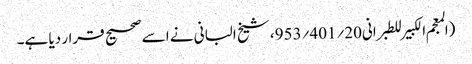
(المعجم الکبیر للطبرانی20؍401؍953، شیخ البانی نے اسے صحیح قرار دیا ہے۔